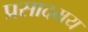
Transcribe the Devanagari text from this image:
प्रसादमय